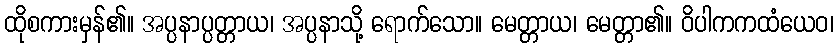
ထိုစကားမှန်၏။ အပ္ပနာပ္ပတ္တာယ၊ အပ္ပနာသို့ ရောက်သော။ မေတ္တာယ၊ မေတ္တာ၏။ ဝိပါကကထံယေဝ၊